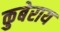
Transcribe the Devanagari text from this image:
कुबेराय